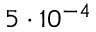
5 \cdot 1 0 ^ { - 4 }